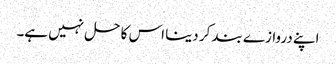
اپنے دروازے بند کر دینا اس کا حل نہیں ہے۔